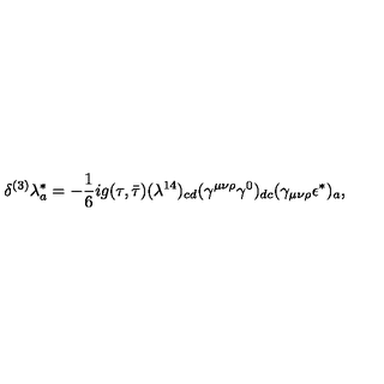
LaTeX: { \delta ^ { ( 3 ) } \lambda _ { a } ^ { * } = - { \frac { 1 } { 6 } } i g ( \tau , \bar { \tau } ) ( \lambda ^ { 1 4 } ) _ { c d } ( \gamma ^ { \mu \nu \rho } \gamma ^ { 0 } ) _ { d c } ( \gamma _ { \mu \nu \rho } \epsilon ^ { * } ) _ { a } , }